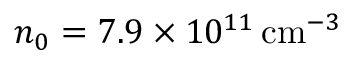
n _ { 0 } = 7 . 9 \times 1 0 ^ { 1 1 } \, \mathrm { c m } ^ { - 3 }